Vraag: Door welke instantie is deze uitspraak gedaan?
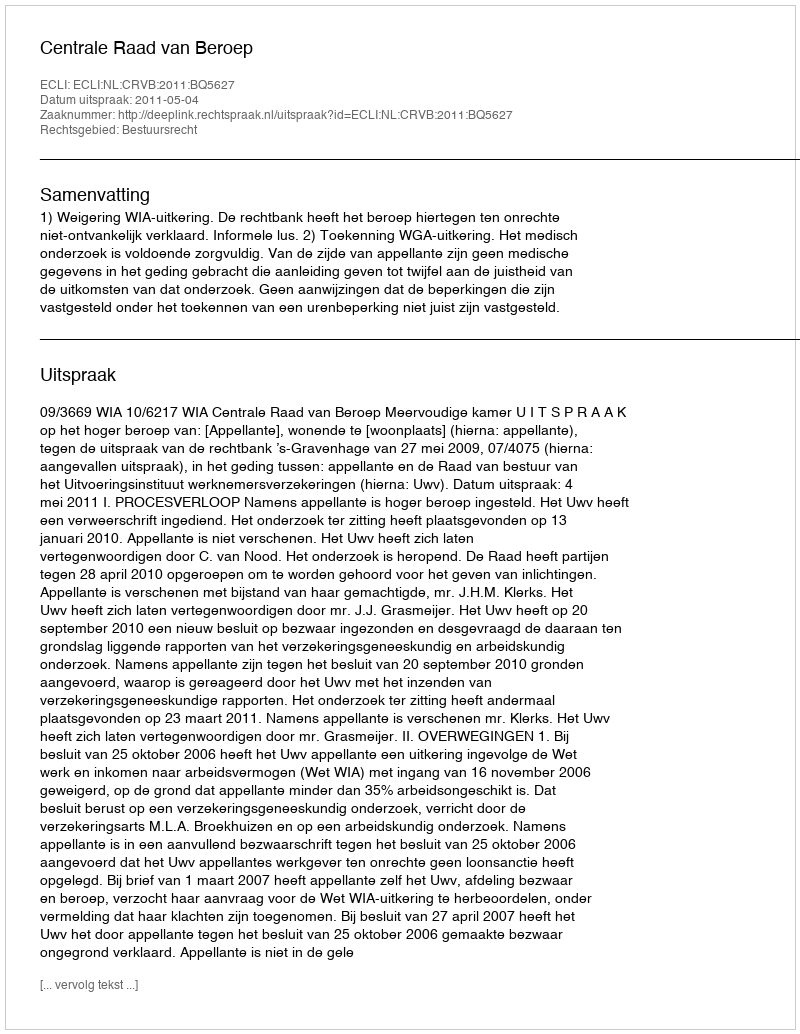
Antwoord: Centrale Raad van Beroep